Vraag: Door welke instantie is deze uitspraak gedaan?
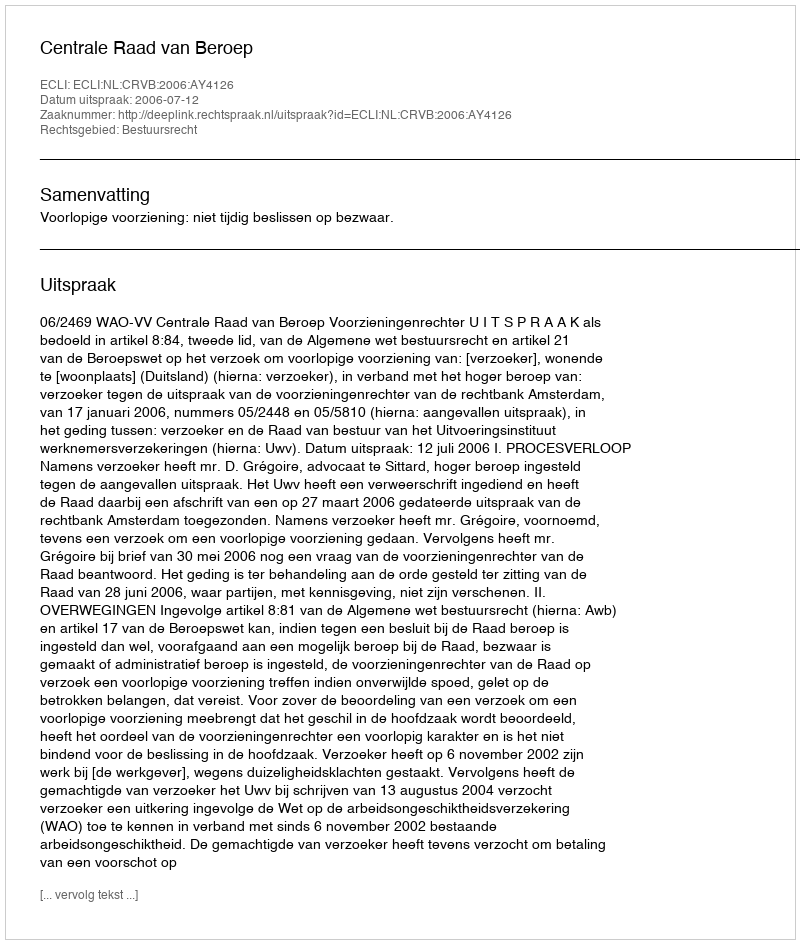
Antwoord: Centrale Raad van Beroep